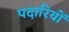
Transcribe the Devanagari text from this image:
पदारियों